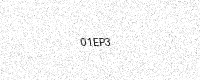
Text: 01EP3